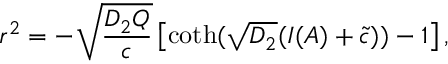
r ^ { 2 } = - \sqrt { \frac { D _ { 2 } Q } { c } } \left[ \coth ( \sqrt { D _ { 2 } } ( I ( A ) + \tilde { c } ) ) - 1 \right] ,